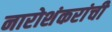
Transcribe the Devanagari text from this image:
नारोशंकरांची